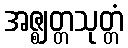
အဇ္ဈတ္တသုတ္တံ